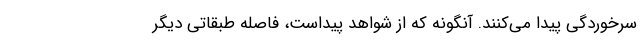
سرخوردگی پیدا می‌کنند. آنگونه که از شواهد پیداست، فاصله طبقاتی دیگر